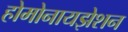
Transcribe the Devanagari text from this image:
होमोनायझेशन